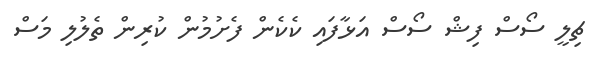
ޗިލީ ސޯސް ފިޝް ސޯސް އަޅާފައި ކެކެން ފެށުމުން ކުރިން ތެލުލި މަސް